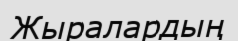
Жыралардың